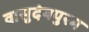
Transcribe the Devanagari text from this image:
वासुदेवपुरम